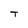
Character: T